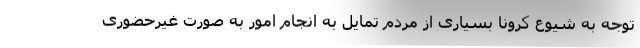
توجه به شیوع کرونا بسیاری از مردم تمایل به انجام امور به صورت غیرحضوری